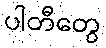
ပါတီတွေ